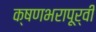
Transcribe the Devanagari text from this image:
क्षणभरापूर्वी